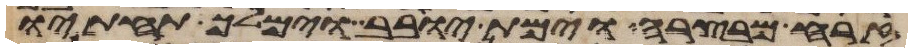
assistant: זרח מבצרה וימת יובב וימלך תחתיו